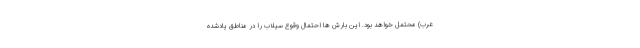
غرب) محتمل خواهد بود. این بارش ها احتمال وقوع سیلاب را در مناطق یادشده